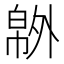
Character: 𰏝